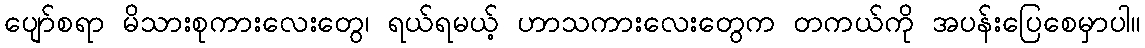
ပျော်စရာ မိသားစုကားလေးတွေ၊ ရယ်ရမယ့် ဟာသကားလေးတွေက တကယ်ကို အပန်းပြေစေမှာပါ။